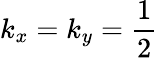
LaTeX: k_{x}=k_{y}=\frac{1}{2}